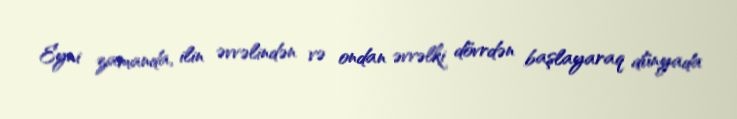
Eyni zamanda, ilin əvvəlindən və ondan əvvəlki dövrdən başlayaraq dünyada